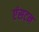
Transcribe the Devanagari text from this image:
एंसटन